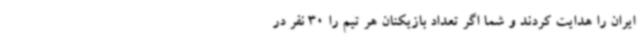
ایران را هدایت کردند و شما اگر تعداد بازیکنان هر تیم را 30 نفر در